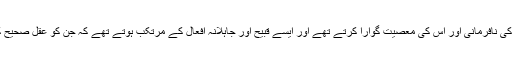
یہاں شریکوں سے مراد وہ شیاطین ہیں جن کی اطاعت کے شوق میں مشرکین اللہ تعالیٰ کی نافرمانی اور اس کی معصیت گوارا کرتے تھے اور ایسے قبیح اور جاہلانہ اَفعال کے مُرتکب ہوتے تھے کہ جن کو عقلِ صحیح کبھی گوار انہ کرسکے اور جن کی قباحت میں ادنیٰ سمجھ کے آدمی کو بھی تَرَدُّد نہ ہو۔